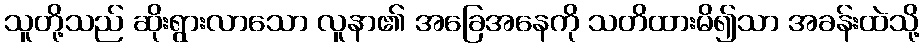
သူတို့သည် ဆိုးရွားလာသော လူနာ၏ အခြေအနေကို သတိထားမိ၍သာ အခန်းထဲသို့